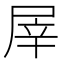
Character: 屖